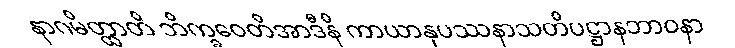
နာဂမိတ္ထာတိ ဘိက္ခဝေတိအာဒီနိ ကာယာနုပဿနာသတိပဋ္ဌာနဘာဝနာ